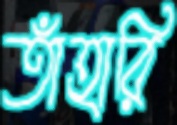
তাঁহারি